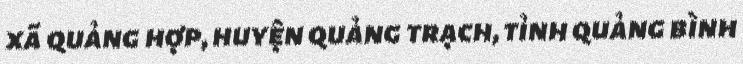
xã quảng hợp, huyện quảng trạch, tỉnh quảng bình